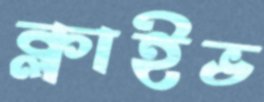
ক্লাইভ